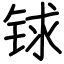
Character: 𨱇